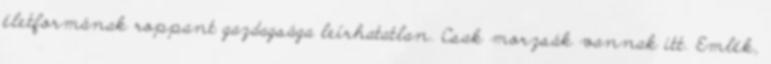
életformának roppant gazdagsága leírhatatlan. Csak morzsák vannak itt. Emlék,